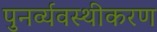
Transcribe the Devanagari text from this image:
पुनर्व्यवस्थीकरण